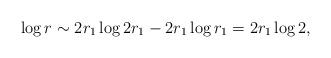
LaTeX: \begin{align*} \log r \sim 2r_1 \log 2r_1 -2r_1 \log r_1 =2r_1 \log 2, \end{align*}